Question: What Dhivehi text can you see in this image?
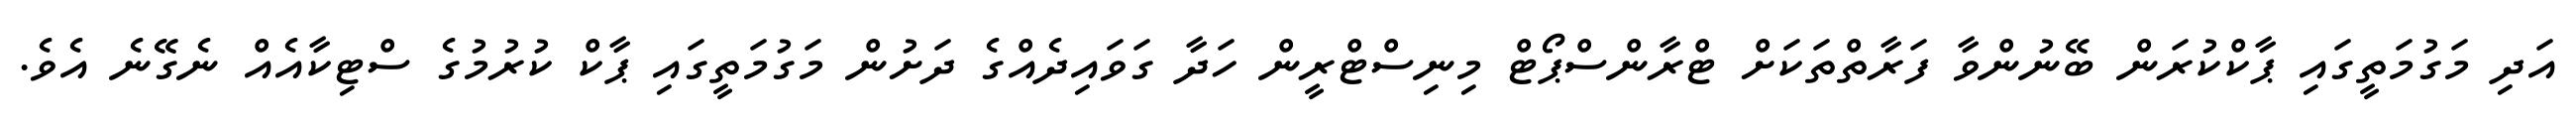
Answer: އަދި މަގުމަތީގައި ޕާކްކުރަން ބޭނުންވާ ފަރާތްތަކަށް ޓްރާންސްޕޯޓް މިނިސްޓްރީން ހަދާ ގަވައިދެއްގެ ދަށުން މަގުމަތީގައި ޕާކް ކުރުމުގެ ސްޓިކާއެއް ނެގޭނެ އެވެ.